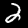
Label: 2